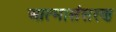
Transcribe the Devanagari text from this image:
आत्मासंसरण